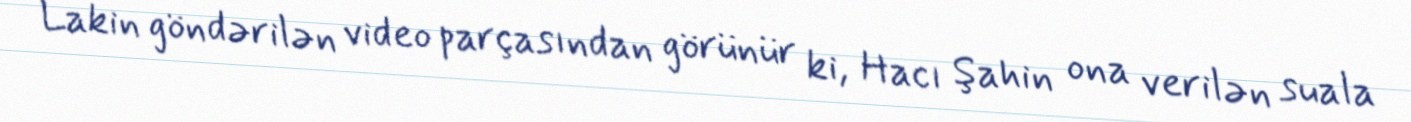
Lakin göndərilən video parçasından görünür ki, Hacı Şahin ona verilən suala